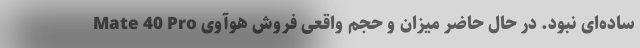
ساده‌ای نبود. در حال حاضر میزان و حجم واقعی فروش هوآوی Mate 40 Pro